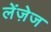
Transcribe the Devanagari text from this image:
लेंज़ेज